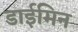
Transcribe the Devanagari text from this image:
डाईमिन